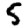
Digit: 5